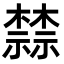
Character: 𬄷